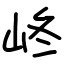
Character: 峂